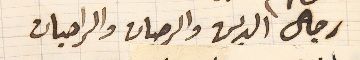
رجال الدين والرهبان والراهبات